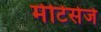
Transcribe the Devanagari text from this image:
मेटिसेजे